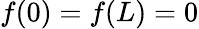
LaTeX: f(0)=f(L)=0